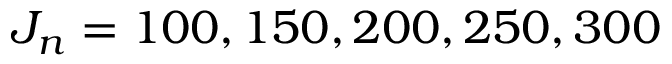
J _ { n } = 1 0 0 , 1 5 0 , 2 0 0 , 2 5 0 , 3 0 0